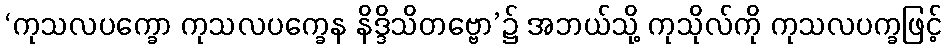
‘ကုသလပက္ခော ကုသလပက္ခေန နိဒ္ဒိသိတဗ္ဗော’၌ အဘယ်သို့ ကုသိုလ်ကို ကုသလပက္ခဖြင့်